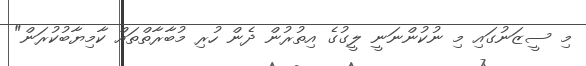
މި ސީޒަނުގައި މި ނުކުންނަނީ ލީގުގެ އިތުރުން ދެން ހުރި މުބާރާތްތައް ކާމިޔާބުކުރަން"